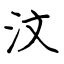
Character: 汶